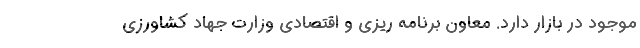
موجود در بازار دارد. معاون برنامه ریزی و اقتصادی وزارت جهاد کشاورزی